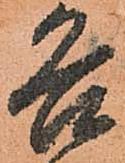
各